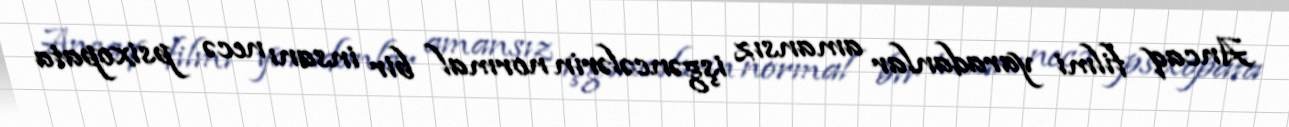
Ancaq filmi yaradanlar amansız işgəncələrin normal bir insanı necə psixopata